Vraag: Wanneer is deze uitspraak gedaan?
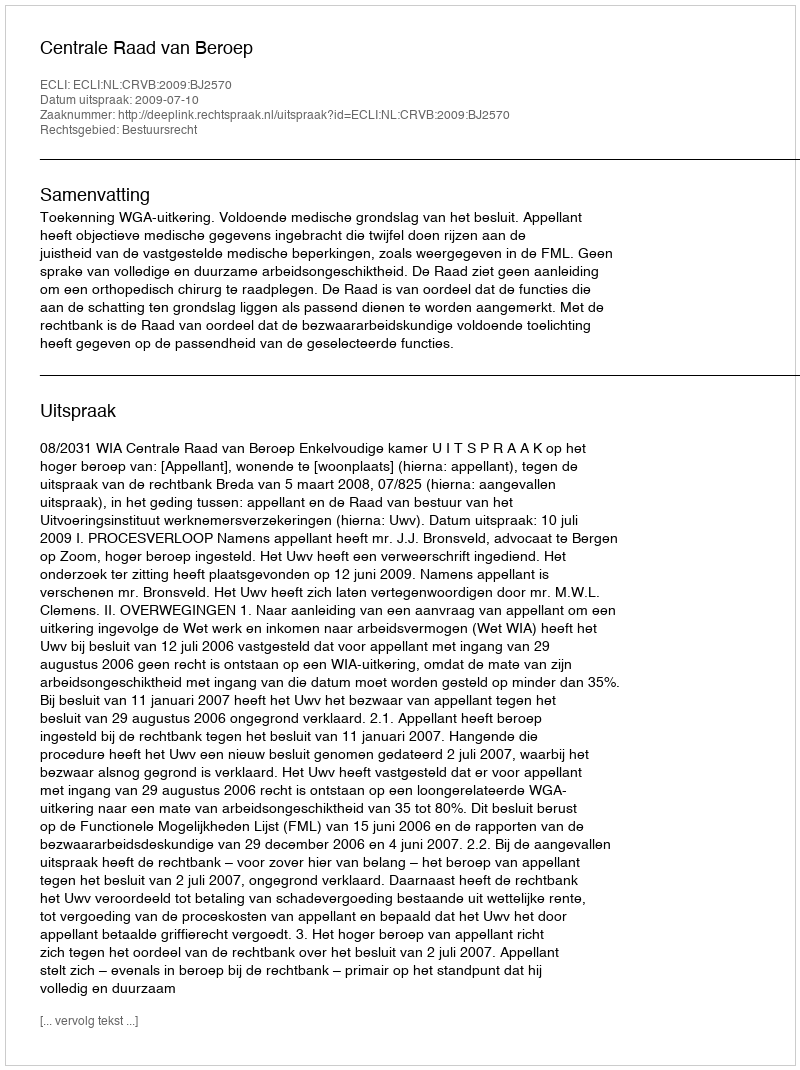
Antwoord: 2009-07-10